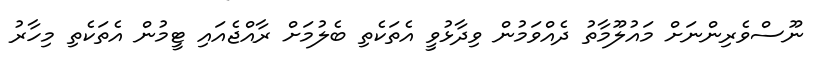
ނޫސްވެރިންނަށް މައުލޫމާތު ދެއްވަމުން ވިދާޅުވީ އެތަކެތި ބެލުމަށް ރާއްޖެއައި ޓީމުން އެތަކެތި މިހާރު